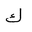
Letter: _kaf